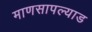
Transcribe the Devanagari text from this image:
माणसापल्याड